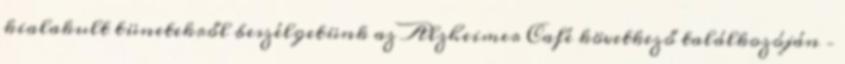
kialakult tünetekről beszélgetünk az Alzheimer Café következő találkozóján –